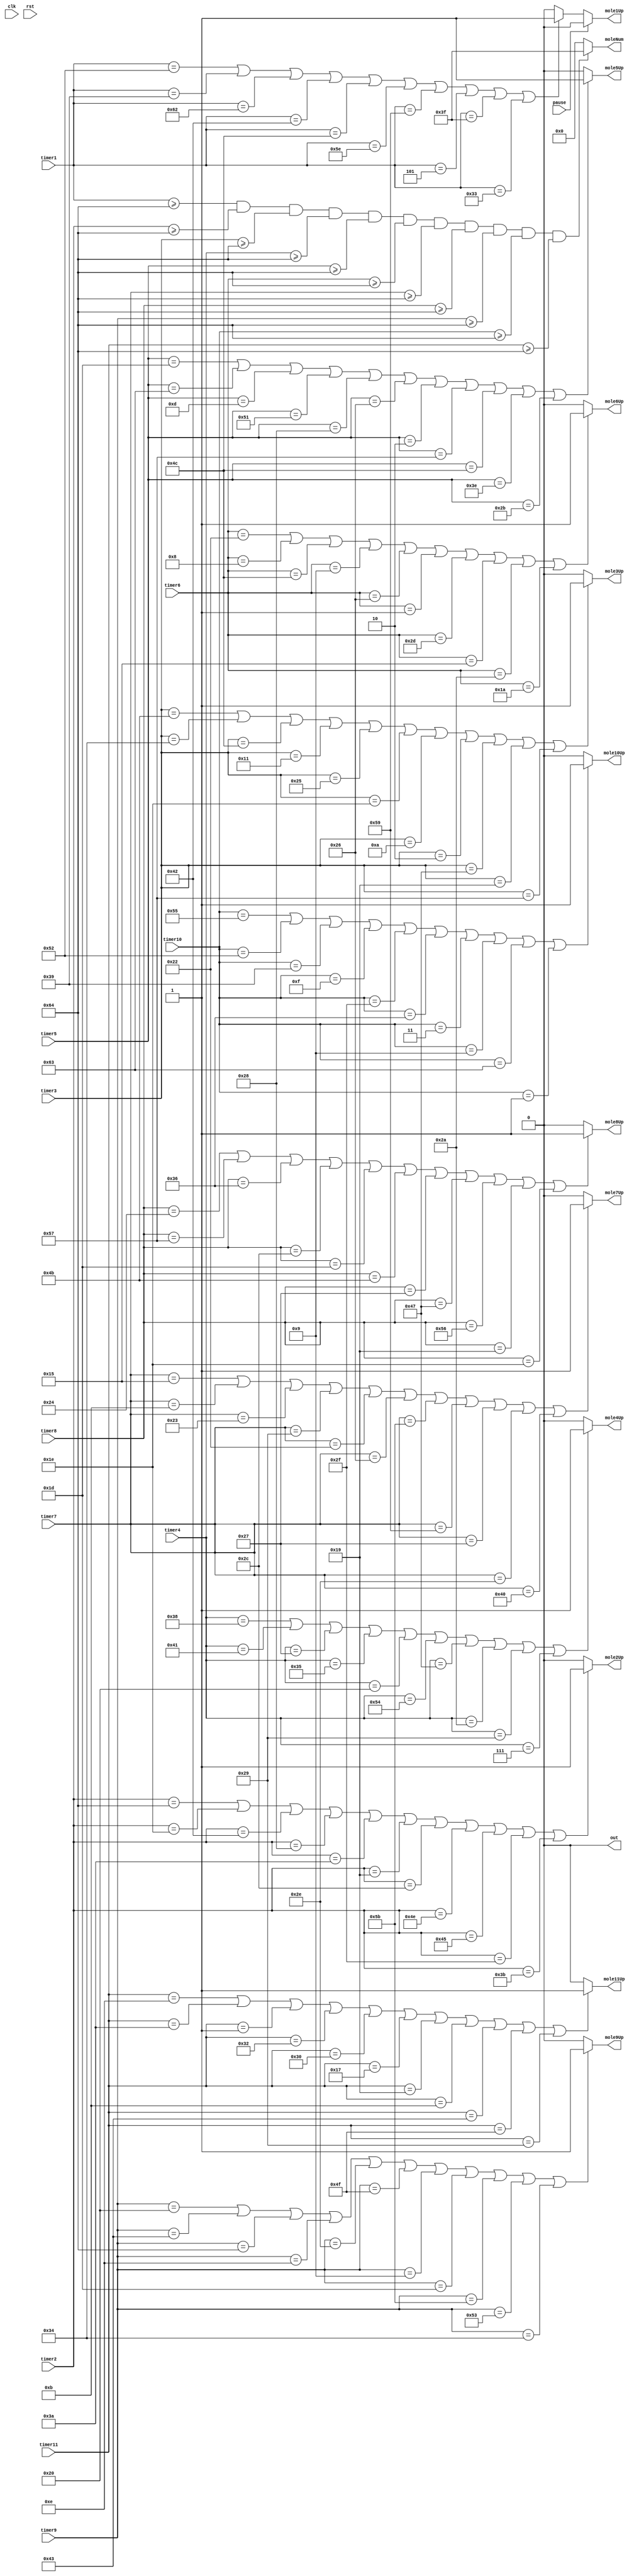
/*
   This file was generated automatically by the Mojo IDE version B1.3.6.
   Do not edit this file directly. Instead edit the original Lucid source.
   This is a temporary file and any changes made to it will be destroyed.
*/

module lightup_1_2 (
    input clk,
    input rst,
    output reg out,
    output reg mole1Up,
    output reg mole2Up,
    output reg mole3Up,
    output reg mole4Up,
    output reg mole5Up,
    output reg mole6Up,
    output reg mole7Up,
    output reg mole8Up,
    output reg mole9Up,
    output reg mole10Up,
    output reg mole11Up,
    output reg [5:0] moleNum,
    input [6:0] timer1,
    input [6:0] timer2,
    input [6:0] timer3,
    input [6:0] timer4,
    input [6:0] timer5,
    input [6:0] timer6,
    input [6:0] timer7,
    input [6:0] timer8,
    input [6:0] timer9,
    input [6:0] timer10,
    input [6:0] timer11,
    input pause
  );
  
  
  
  always @* begin
    out = 1'h0;
    if (pause == 1'h1) begin
      mole1Up = 1'h0;
    end else begin
      if (timer1 == 7'h52 || timer1 == 7'h39 || timer1 == 7'h62 || timer1 == 7'h42 || timer1 == 7'h4c || timer1 == 7'h5e || timer1 == 7'h59 || timer1 == 7'h05 || timer1 == 7'h3f || timer1 == 7'h33) begin
        mole1Up = 1'h1;
      end else begin
        mole1Up = 1'h0;
      end
    end
    if (pause == 2'h2) begin
      mole2Up = 1'h0;
    end else begin
      if (timer2 == 7'h64 || timer2 == 7'h1e || timer2 == 7'h42 || timer2 == 7'h28 || timer2 == 7'h3a || timer2 == 7'h19 || timer2 == 7'h2c || timer2 == 7'h4e || timer2 == 7'h45 || timer2 == 7'h2f || timer2 == 7'h3b) begin
        mole2Up = 1'h1;
      end else begin
        mole2Up = 1'h0;
      end
    end
    if (pause == 2'h3) begin
      mole3Up = 1'h0;
    end else begin
      if (timer3 == 7'h4b || timer3 == 7'h34 || timer3 == 7'h4c || timer3 == 7'h11 || timer3 == 7'h25 || timer3 == 7'h1e || timer3 == 7'h0a || timer3 == 7'h02 || timer3 == 7'h47 || timer3 == 7'h19 || timer3 == 7'h57) begin
        mole3Up = 1'h1;
      end else begin
        mole3Up = 1'h0;
      end
    end
    if (pause == 3'h4) begin
      mole4Up = 1'h0;
    end else begin
      if (timer4 == 7'h38 || timer4 == 7'h41 || timer4 == 7'h27 || timer4 == 7'h35 || timer4 == 7'h20 || timer4 == 7'h54 || timer4 == 7'h47 || timer4 == 7'h2a || timer4 == 7'h29 || timer4 == 7'h07) begin
        mole4Up = 1'h1;
      end else begin
        mole4Up = 1'h0;
      end
    end
    if (pause == 3'h5) begin
      mole5Up = 1'h0;
    end else begin
      if (timer5 == 7'h1d || timer5 == 7'h63 || timer5 == 7'h0d || timer5 == 7'h51 || timer5 == 7'h28 || timer5 == 7'h26 || timer5 == 7'h02 || timer5 == 7'h57 || timer5 == 7'h4c || timer5 == 7'h3e || timer5 == 7'h2b) begin
        mole5Up = 1'h1;
      end else begin
        mole5Up = 1'h0;
      end
    end
    if (pause == 3'h6) begin
      mole6Up = 1'h0;
    end else begin
      if (timer6 == 7'h22 || timer6 == 7'h08 || timer6 == 7'h4c || timer6 == 7'h09 || timer6 == 7'h26 || timer6 == 7'h01 || timer6 == 7'h2d || timer6 == 7'h15 || timer6 == 7'h2a || timer6 == 7'h1a) begin
        mole6Up = 1'h1;
      end else begin
        mole6Up = 1'h0;
      end
    end
    if (pause == 3'h7) begin
      mole7Up = 1'h0;
    end else begin
      if (timer7 == 7'h15 || timer7 == 7'h0b || timer7 == 7'h23 || timer7 == 7'h29 || timer7 == 7'h22 || timer7 == 7'h26 || timer7 == 7'h5b || timer7 == 7'h59 || timer7 == 7'h27 || timer7 == 7'h2e || timer7 == 7'h40) begin
        mole7Up = 1'h1;
      end else begin
        mole7Up = 1'h0;
      end
    end
    if (pause == 4'h8) begin
      mole8Up = 1'h0;
    end else begin
      if (timer8 == 7'h24 || timer8 == 7'h57 || timer8 == 7'h36 || timer8 == 7'h2c || timer8 == 7'h1d || timer8 == 7'h4b || timer8 == 7'h27 || timer8 == 7'h47 || timer8 == 7'h56 || timer8 == 7'h19 || timer8 == 7'h1e) begin
        mole8Up = 1'h1;
      end else begin
        mole8Up = 1'h0;
      end
    end
    if (pause == 4'h9) begin
      mole9Up = 1'h0;
    end else begin
      if (timer9 == 7'h20 || timer9 == 7'h43 || timer9 == 7'h64 || timer9 == 7'h0e || timer9 == 7'h2e || timer9 == 7'h4f || timer9 == 7'h09 || timer9 == 7'h1d || timer9 == 7'h5b || timer9 == 7'h53 || timer9 == 7'h34) begin
        mole9Up = 1'h1;
      end else begin
        mole9Up = 1'h0;
      end
    end
    if (pause == 4'ha) begin
      mole10Up = 1'h0;
    end else begin
      if (timer10 == 7'h55 || timer10 == 7'h52 || timer10 == 7'h39 || timer10 == 7'h0f || timer10 == 7'h2f || timer10 == 7'h36 || timer10 == 7'h03 || timer10 == 7'h09 || timer10 == 7'h63 || timer10 == 7'h01) begin
        mole10Up = 1'h1;
      end else begin
        mole10Up = 1'h0;
      end
    end
    if (pause == 4'hb) begin
      mole11Up = 1'h0;
    end else begin
      if (timer11 == 7'h0e || timer11 == 7'h3a || timer11 == 7'h01 || timer11 == 7'h32 || timer11 == 7'h30 || timer11 == 7'h17 || timer11 == 7'h19 || timer11 == 7'h0b || timer11 == 7'h43 || timer11 == 7'h4f || timer11 == 7'h29) begin
        mole11Up = 1'h1;
      end else begin
        mole11Up = 1'h0;
      end
    end
    if (timer1 >= 7'h64 && timer2 >= 7'h64 && timer3 >= 7'h64 && timer4 >= 7'h64 && timer5 >= 7'h64 && timer6 >= 7'h64 && timer7 >= 7'h64 && timer8 >= 7'h64 && timer9 >= 7'h64 && timer10 >= 7'h64 && timer11 >= 7'h64) begin
      moleNum = 6'h3f;
    end else begin
      moleNum = 1'h0;
    end
  end
endmodule